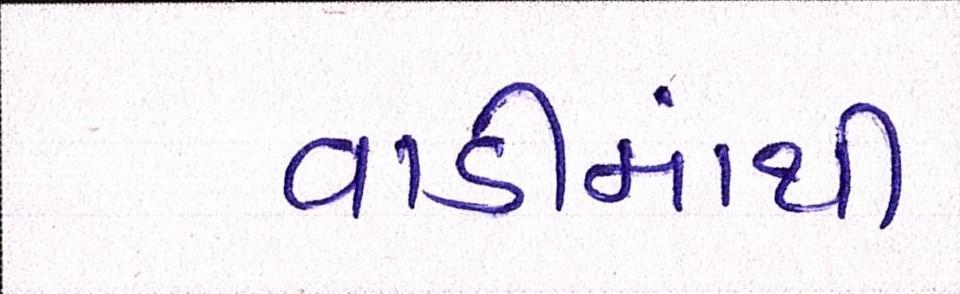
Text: વાડીમાંથી